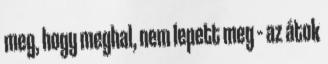
meg, hogy meghal, nem lepett meg – az átok